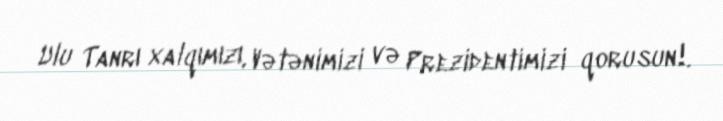
Ulu Tanrı xalqımızı, Vətənimizi və Prezidentimizi qorusun!.